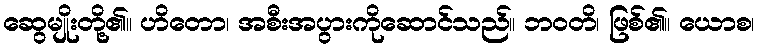
ဆွေမျိုးတို့၏။ ဟိတော၊ အစီးအပွားကိုဆောင်သည်။ ဘဝတိ၊ ဖြစ်၏။ ယောစ၊